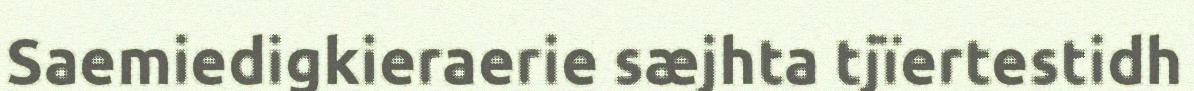
Saemiedigkieraerie sæjhta tjïertestidh